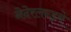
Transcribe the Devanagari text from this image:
नेदेरलन्ड्मे